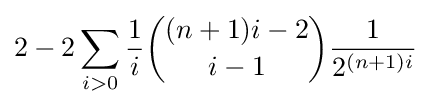
2-2\sum _{i>0}{\frac {1}{i}}{\binom {(n+1)i-2}{i-1}}{\frac {1}{2^{(n+1)i}}}